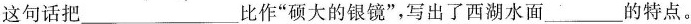
这句话把___比作”硕大的银镜”，写出了西湖水面___的特点。